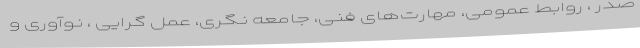
صدر ، روابط عمومی، مهارت‌های فنی، جامعه نگری، عمل گرایی ، نوآوری و